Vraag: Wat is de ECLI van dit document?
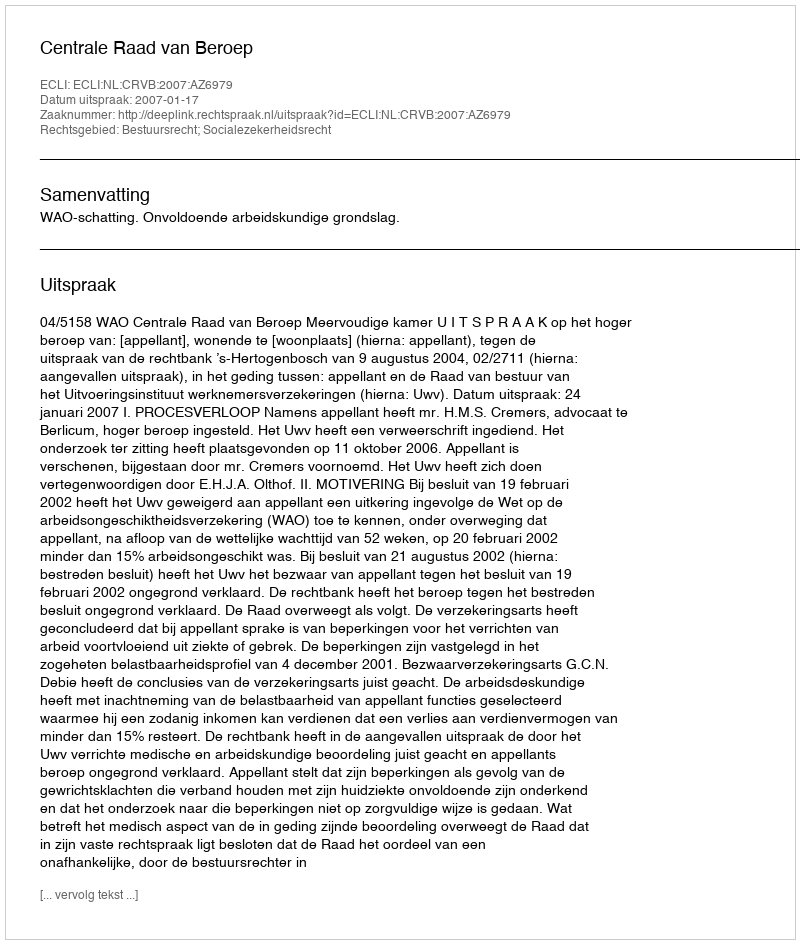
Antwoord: ECLI:NL:CRVB:2007:AZ6979